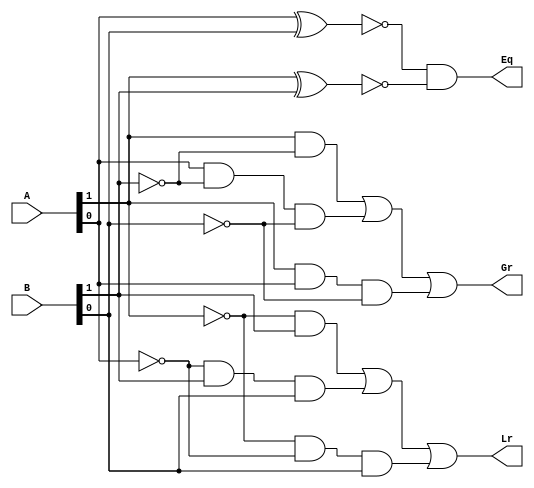
`timescale 1ns / 1ps

module Comparator_2_bit(Gr, Eq, Lr, A, B);
// dimension and sizes of inputs and outputs
input [1:0] A, B;
output Gr, Eq, Lr;

//wires for making input output connections
wire [11:0]w;

//Logic development using gate level modelling
not not1(w[0], A[0]);
not not2(w[1], A[1]);
not not3(w[2], B[0]);
not not4(w[3], B[1]);

//logic when A is greater than B
and and1(w[4], A[1], w[3]);
and and2(w[5], A[0], w[3], w[2]);
and and3(w[6], A[1], A[0], w[2]);
or or1(Gr, w[4], w[5], w[6]);

//logic when A is equal to B
xnor xnor1(w[7], A[0], B[0]);
xnor xnor2(w[8], A[1], B[1]);
and and4(Eq, w[7], w[8]);

// logic when A is lesser than B
and and5(w[9], w[1], B[1]);
and and6(w[10], w[0], B[1], B[0]);
and and7(w[11], w[1], w[0], B[0]);
or or2(Lr, w[9], w[10], w[11]);

endmodule